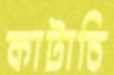
কাটাচি